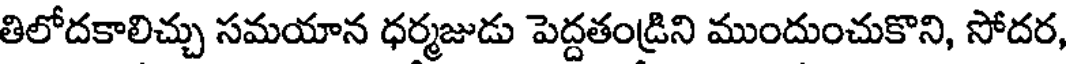
తిలోదకాలిచ్చు సమయాన ధర్మజుడు పెద్దతండ్రిని ముందుంచుకొని, సోదర,